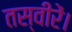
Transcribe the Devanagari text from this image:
तस्वीरें।